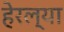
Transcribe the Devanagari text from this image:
हेरल्या